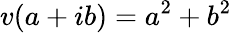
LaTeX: v(a+ib)=a^{2}+b^{2}